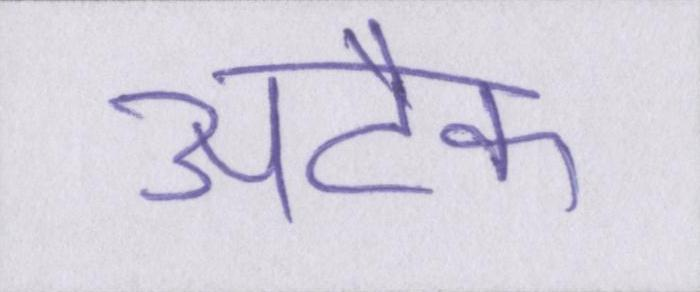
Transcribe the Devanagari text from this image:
अटैक